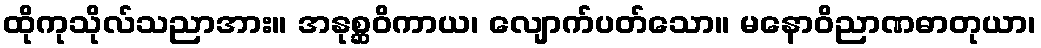
ထိုကုသိုလ်သညာအား။ အနုစ္ဆဝိကာယ၊ လျောက်ပတ်သော။ မနောဝိညာဏဓာတုယာ၊